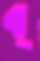
ব্